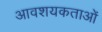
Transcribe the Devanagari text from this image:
आवशयकताओं